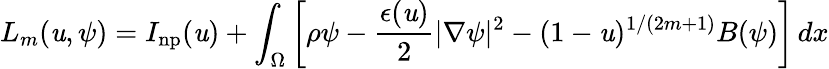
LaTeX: L_{m}(\mathit{u},\psi)=I_{\mathrm{{np}}}(\mathit{u})+\int_{\Omega}\left[\rho\psi-\frac{{\epsilon(\mathit{u})}}{{2}}|\nabla\psi|^{2}-(1-\mathit{u})^{1/(2m+1)}B(\psi)\right]\, dx